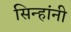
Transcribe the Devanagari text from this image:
सिन्हांनी